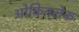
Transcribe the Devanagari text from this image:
ओकिनलेक